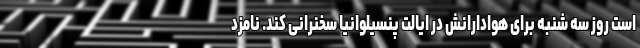
است روز سه شنبه برای هوادارانش در ایالت پنسیلوانیا سخنرانی کند. نامزد